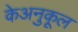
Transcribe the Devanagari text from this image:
केअनुकूल